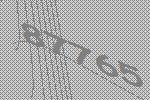
87765